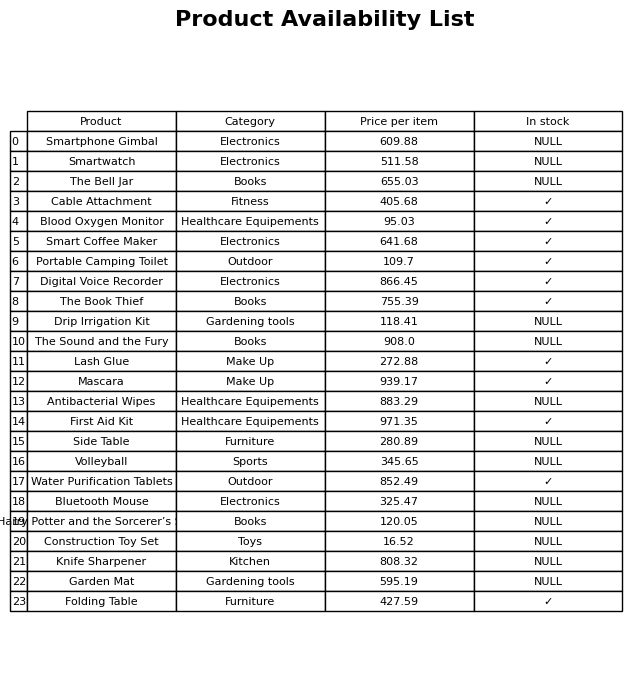
question: What is the price for Garden Mat?
answer: The price of Garden Mat is 595.19.